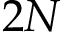
2 N